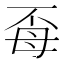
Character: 𭯈